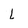
Character: L